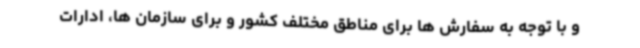
و با توجه به سفارش ها برای مناطق مختلف کشور و برای سازمان ها، ادارات